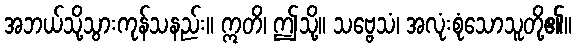
အဘယ်သို့သွားကုန်သနည်း။ ဣတိ၊ ဤသို့။ သဗ္ဗေသံ၊ အလုံးစုံသောသူတို့၏။